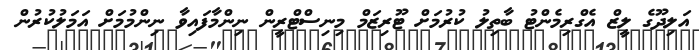
އަލިދޫގެ ލީޒް އެގްރިމެންޓު ބާތިލު ކުރުމަށް ޓޫރިޒަމް މިނިސްޓްރީން ނިންމާފައިވާ ނިންމުމަށް އަމަލުކުރުން